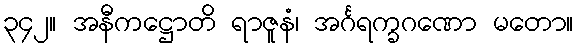
၃၄၂။ အနီကဋ္ဌောတိ ရာဇူနံ၊ အင်္ဂရက္ခဂဏော မတော။